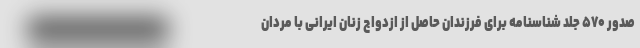
صدور ۵۷۰ جلد شناسنامه برای فرزندان حاصل از ازدواج زنان ایرانی با مردان